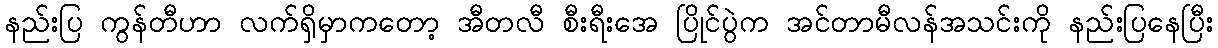
နည်းပြ ကွန်တီဟာ လက်ရှိမှာကတော့ အီတလီ စီးရီးအေ ပြိုင်ပွဲက အင်တာမီလန်အသင်းကို နည်းပြနေပြီး